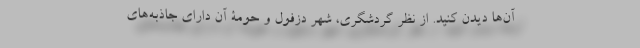
آن‌ها دیدن کنید. از نظر گردشگری، شهر دزفول و حومة آن دارای جاذبه‌های